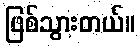
ဖြစ်သွားတယ်။